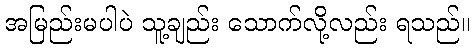
အမြည်းမပါပဲ သူ့ချည်း သောက်လို့လည်း ရသည်။